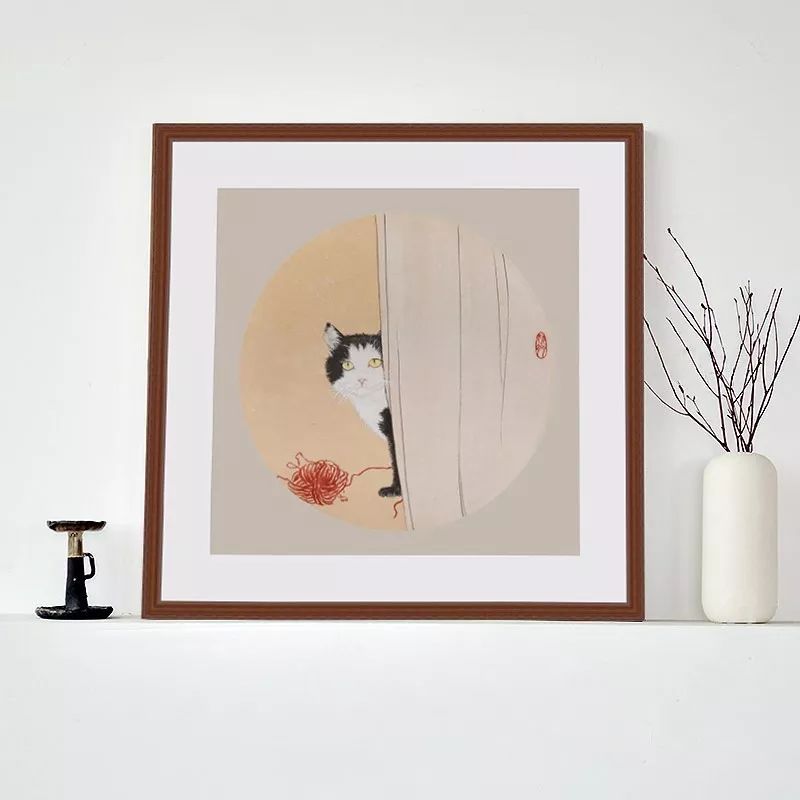
闲来无事不从容，睡觉东窗日已红。